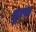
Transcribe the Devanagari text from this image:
चुरवा